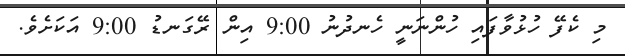
މި ކެފޭ ހުޅުވާފައި ހުންނަނީ ހެނދުނު 9:00 އިން ރޭގަނޑު 9:00 އަކަށެވެ.